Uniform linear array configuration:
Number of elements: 24
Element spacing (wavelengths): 0.25
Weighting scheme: cosine
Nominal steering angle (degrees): -60
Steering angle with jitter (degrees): -61.495
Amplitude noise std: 0.05
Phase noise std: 0.05

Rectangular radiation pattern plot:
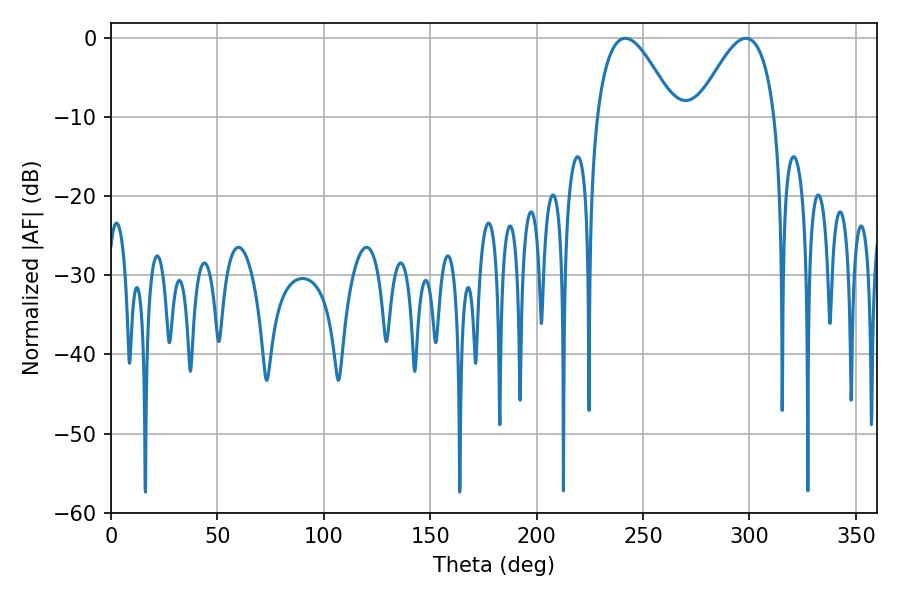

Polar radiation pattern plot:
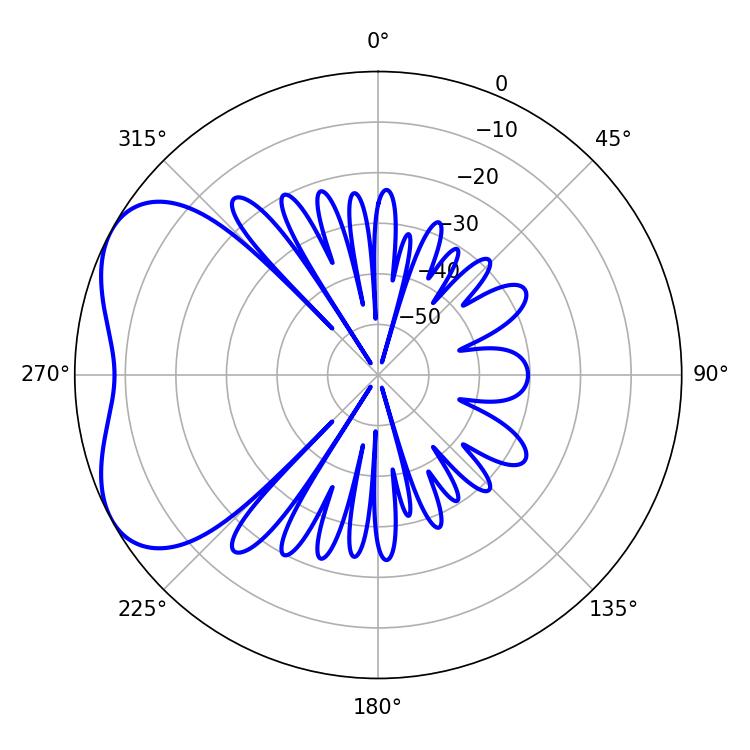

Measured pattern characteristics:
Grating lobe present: FALSE
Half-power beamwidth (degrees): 19.8
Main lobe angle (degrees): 241.74